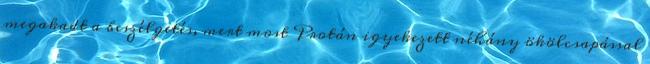
megakadt a beszélgetés, mert most Protán igyekezett néhány ökölcsapással